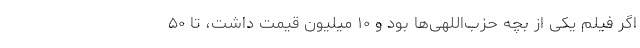
اگر فیلم یکی از بچه حزب‌اللهی‌ها بود و ۱۰ میلیون قیمت داشت، تا ۵۰